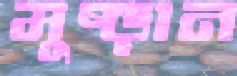
মুষ্‌ড়ান